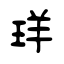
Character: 珜